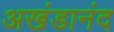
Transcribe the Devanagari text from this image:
अखंडानंद